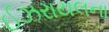
ઈઝરાયલના